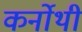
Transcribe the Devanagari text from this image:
कर्नोथी